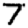
Digit: 7